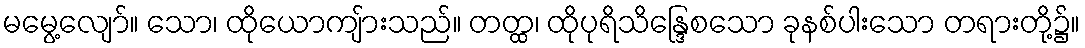
မမွေ့လျော်။ သော၊ ထိုယောကျ်ားသည်။ တတ္ထ၊ ထိုပုရိသိန္ဒြေစသော ခုနစ်ပါးသော တရားတို့၌။